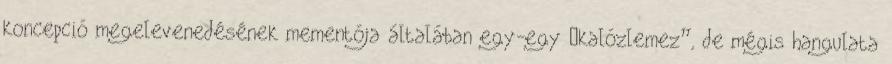
koncepció megelevenedésének mementója általában egy-egy „kalózlemez”, de mégis hangulata